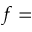
f =